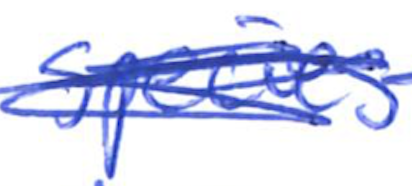
Text: species
Cross-out: scratch
Writing tool: ballpoint